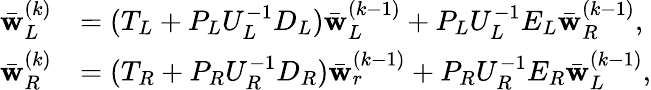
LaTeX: \begin{array}{rl}{\bar{\mathbf{w}}_{L}^{(k)}}&{=(T_{L}+P_{L}U_{L}^{-1}D_{L})\bar{\mathbf{w}}_{L}^{(k-1)}+P_{L}U_{L}^{-1}E_{L}\bar{\mathbf{w}}_{R}^{(k-1)},}\\ {\bar{\mathbf{w}}_{R}^{(k)}}&{=(T_{R}+P_{R}U_{R}^{-1}D_{R})\bar{\mathbf{w}}_{r}^{(k-1)}+P_{R}U_{R}^{-1}E_{R}\bar{\mathbf{w}}_{L}^{(k-1)},}\end{array}